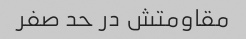
مقاومتش در حد صفر